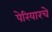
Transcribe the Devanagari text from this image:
पेरियारचे